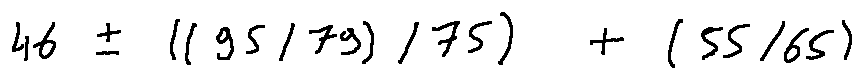
4 6 \pm ( ( 9 5 / 7 9 ) / 7 5 ) + ( 5 5 / 6 5 )